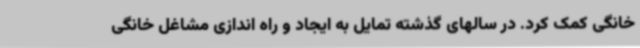
خانگی کمک کرد. در سالهای گذشته تمایل به ایجاد و راه اندازی مشاغل خانگی